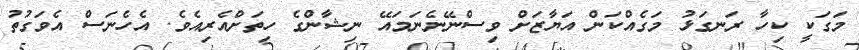
މަގަކީ ކިހާ ރަނގަޅު މަގެއްކަން އަޔާޒަށް ވިސްނޭނެނަމައޭ ނިޝާންގެ ހިތަށްއެރިއެވެ. އެހެނަސް އެވަގުތު